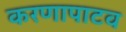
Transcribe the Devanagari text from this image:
करणापाटव